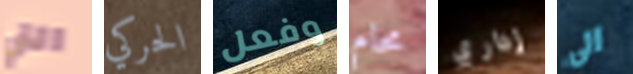
التي الحركي وفعل محام إداري الى